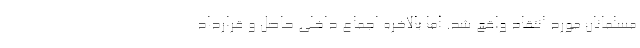
مسلمانان مورد انتقاد واقع شد. اما بالاخره اجماع داخلی حاصل و قرارداد